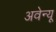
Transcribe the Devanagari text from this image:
अवेन्यू